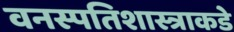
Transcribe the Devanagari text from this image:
वनस्पतिशास्त्राकडे